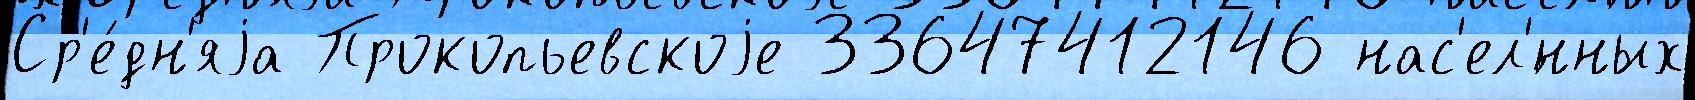
Ср'е́дн'яjа Прокопьевскоjе 33647412146 нас'ел'́нных